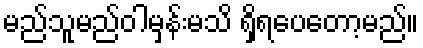
မည်သူမည်ဝါမှန်းမသိ ရှိရပေတော့မည်။